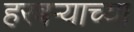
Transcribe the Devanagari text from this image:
हरबऱ्याच्या